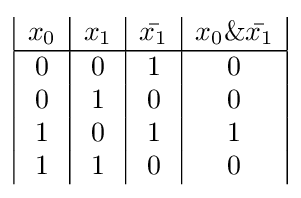
{\begin{array}{|c|c|c|c|}x_{0}&x_{1}&{\bar {x_{1}}}&x_{0}\&{\bar {x_{1}}}\\\hline 0&0&1&0\\0&1&0&0\\1&0&1&1\\1&1&0&0\end{array}}